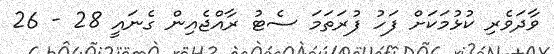
ވާދަވެރި ކުޅުމަކަށް ފަހު ފުރަތަމަ ސެޓު ރާއްޖެއިން ގެނައީ 28 - 26